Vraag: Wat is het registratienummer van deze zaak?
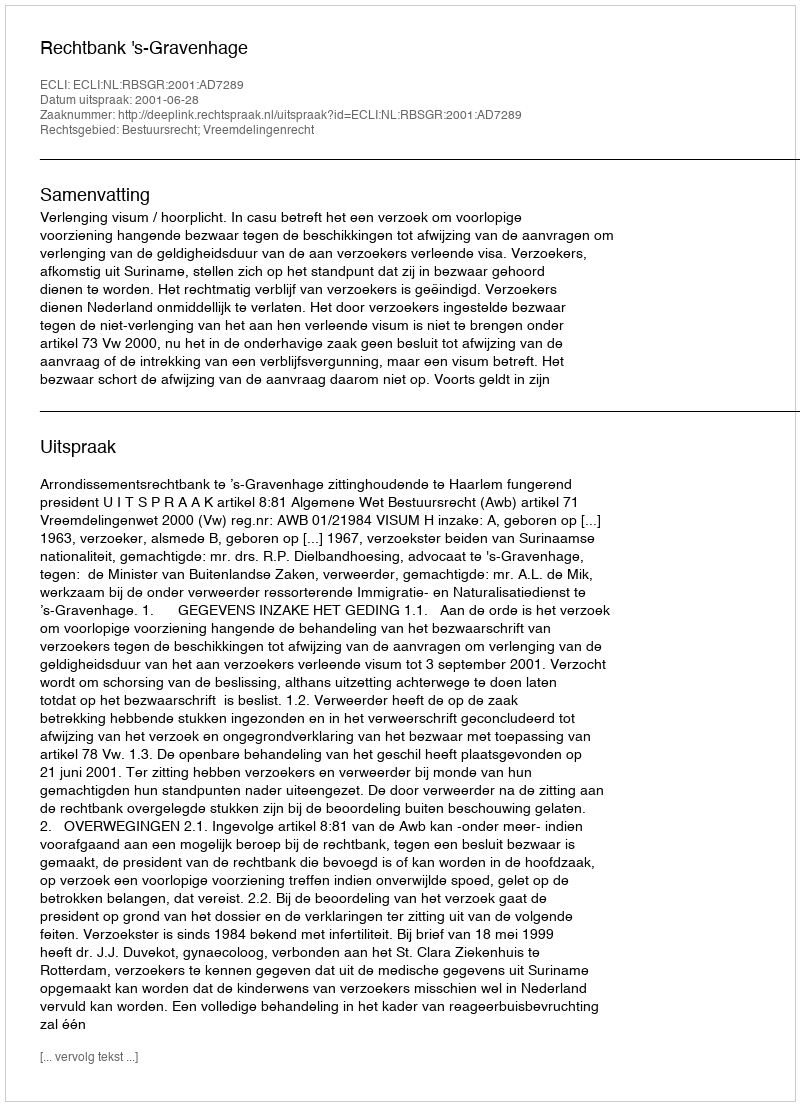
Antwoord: http://deeplink.rechtspraak.nl/uitspraak?id=ECLI:NL:RBSGR:2001:AD7289